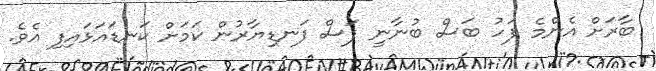
ބާރަށް އެންމެ ފަހު ބަސް ބުނާނީ ފަސް ފަނޑިޔާރުން ކަމަށް ކަނޑައަޅައިފި އެވެ.